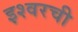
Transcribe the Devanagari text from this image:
इश्वरची